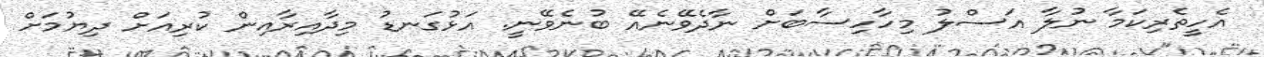
އެހީތެރިކަމާ ނުލާ އަސްލު މިހާހިސާބަށް ނާދެވޭނެއޭ ބުނެވޭނީ. އަޅުގަނޑު މިދާއިރާއިން ކުރިއަށް ދިޔުމަށް